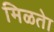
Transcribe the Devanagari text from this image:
मिळतेा